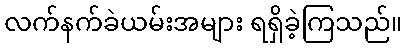
လက်နက်ခဲယမ်းအများ ရရှိခဲ့ကြသည်။